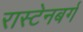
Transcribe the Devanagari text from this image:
रास्टेनबर्ग